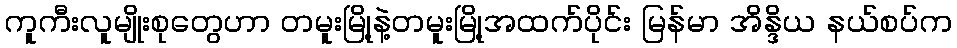
ကူကီးလူမျိုးစုတွေဟာ တမူးမြို့နဲ့တမူးမြို့အထက်ပိုင်း မြန်မာ အိန္ဒိယ နယ်စပ်က